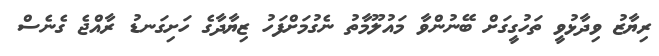
ރިޔާޒު ވިދާޅުވީ ތަހުގީގަށް ބޭނުންވާ މައުލޫމާތު ނެގުމަށްފަހު ޒިޔާދާގެ ހަށިގަނޑު ރާއްޖެ ގެނެސް